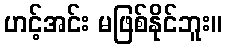
ဟင့်အင်း မဖြစ်နိုင်ဘူး။